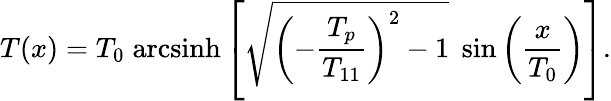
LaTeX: T(x)=T_{0}\; \mathrm{arcsinh}\left[\sqrt{\left(-\frac{T_{p}}{T_{11}}\right)^{2}-1}\; \sin\left(\frac{x}{T_{0}}\right)\right].